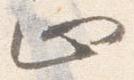
止